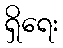
ရှိရေး